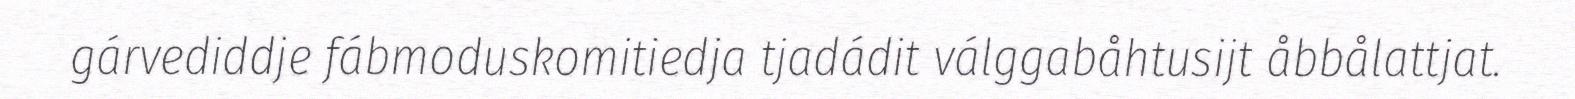
gárvediddje fábmoduskomitiedja tjadádit válggabåhtusijt åbbålattjat.